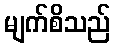
မျက်စိသည်